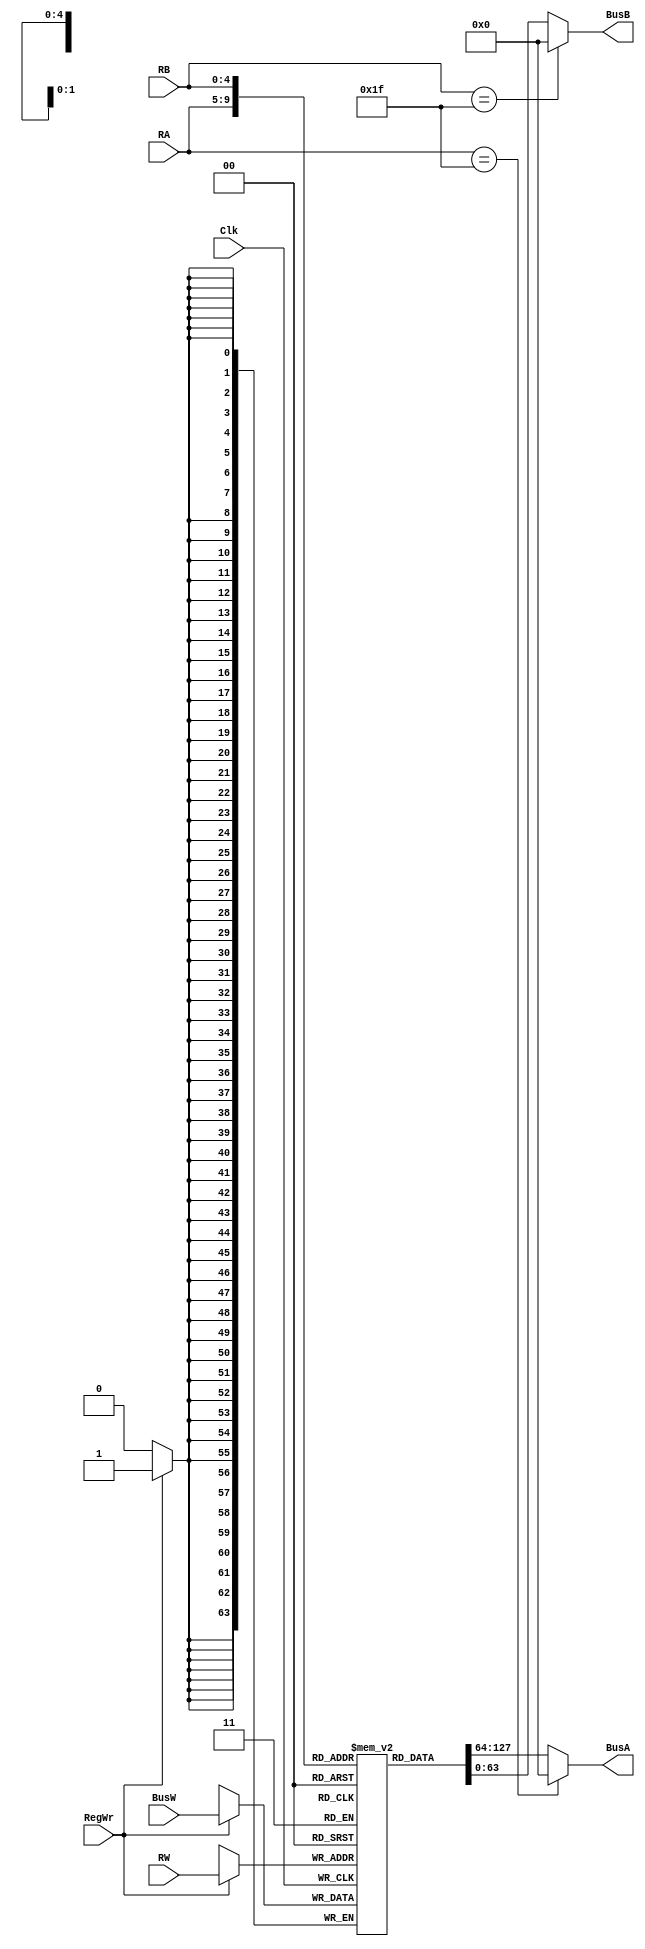
module RegisterFile(BusA, BusB, BusW, RA, RB, RW, RegWr, Clk);
    output [63:0] BusA;        // set the BusA output to 64 bits
    output [63:0] BusB;        // set the BusB output to 64 bits
    input [63:0] BusW;         // set the BusW output to 64 bits
    input [4:0] RW, RA, RB;    // set RW, RA, and RB inputs to 5 bits
    input RegWr;               // set input register write
    input Clk;                  // set input for clock
    reg [63:0] registers [31:0];   // set register of a 32-64 bit registers
     
    assign #2 BusA = (RA == 5'd31) ? 0 : registers[RA]; // assignment of BusA to register RA after waiting 2 time units
    assign #2 BusB = (RB == 5'd31) ? 0 : registers[RB]; // assignment of BusB to register RB after waiting 2 time units
    //initial registers[31] = 64'h0;  // initiliaze register 31 as 0
     
     /*
    always@(Clk)begin
        registers[31] <= #4 64'h0;
    end
    */
    always @ (negedge Clk) begin      // negative edge of clock to initiaite loop
        if(RegWr)                     // Check RegisterWrite is occuring
            registers[RW] <= #3 BusW;  // Access register RW and waits 3 time units, then writes BusW 
            //registers[31] <= #4 64'h0; // Ensure X31 is always 0 and waits 4 time units
    end                                // end the loop
endmodule                               // end the module